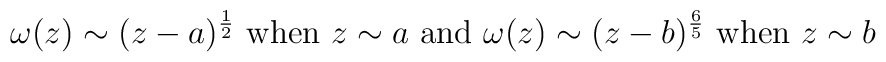
\qquad \omega(z) \sim (z-a)^{1 \over 2} \makebox{ when } z \sim a \makebox{ and } \omega(z) \sim (z-b)^{6 \over 5} \makebox{ when } z \sim b